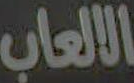
الالعاب